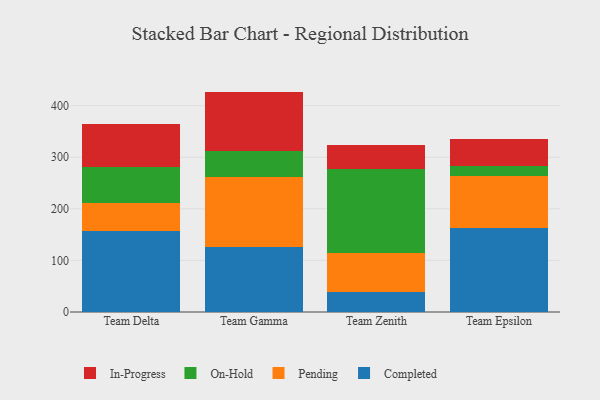
{"axis": {"x": "Team", "y": "Page Views"}, "legend": ["Completed", "In-Progress", "On-Hold", "Pending"], "data": [{"x": "Team Delta", "y": 157.6, "type": "Completed"}, {"x": "Team Delta", "y": 54.7, "type": "Pending"}, {"x": "Team Delta", "y": 68.1, "type": "On-Hold"}, {"x": "Team Delta", "y": 84.0, "type": "In-Progress"}, {"x": "Team Gamma", "y": 125.6, "type": "Completed"}, {"x": "Team Gamma", "y": 136.2, "type": "Pending"}, {"x": "Team Gamma", "y": 50.1, "type": "On-Hold"}, {"x": "Team Gamma", "y": 115.4, "type": "In-Progress"}, {"x": "Team Zenith", "y": 38.9, "type": "Completed"}, {"x": "Team Zenith", "y": 74.7, "type": "Pending"}, {"x": "Team Zenith", "y": 163.9, "type": "On-Hold"}, {"x": "Team Zenith", "y": 46.0, "type": "In-Progress"}, {"x": "Team Epsilon", "y": 162.6, "type": "Completed"}, {"x": "Team Epsilon", "y": 100.4, "type": "Pending"}, {"x": "Team Epsilon", "y": 19.9, "type": "On-Hold"}, {"x": "Team Epsilon", "y": 51.7, "type": "In-Progress"}]}